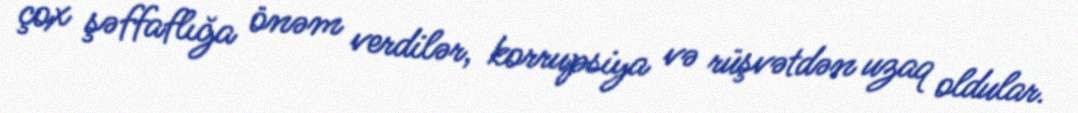
çox şəffaflığa önəm verdilər, korrupsiya və rüşvətdən uzaq oldular.